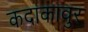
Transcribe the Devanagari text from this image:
कदाकावुर